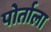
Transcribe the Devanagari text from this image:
पोर्ताला